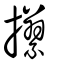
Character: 攥